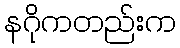
နဂိုကတည်းက